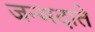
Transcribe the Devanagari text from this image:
जन्मदाते